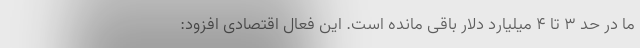
ما در حد 3 تا 4 میلیارد دلار باقی مانده است. این فعال اقتصادی افزود: